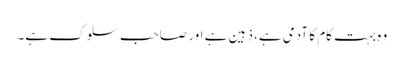
وہ بہت کام کا آدمی ہے، ذہین ہے اور صاحبِ سلوک ہے۔